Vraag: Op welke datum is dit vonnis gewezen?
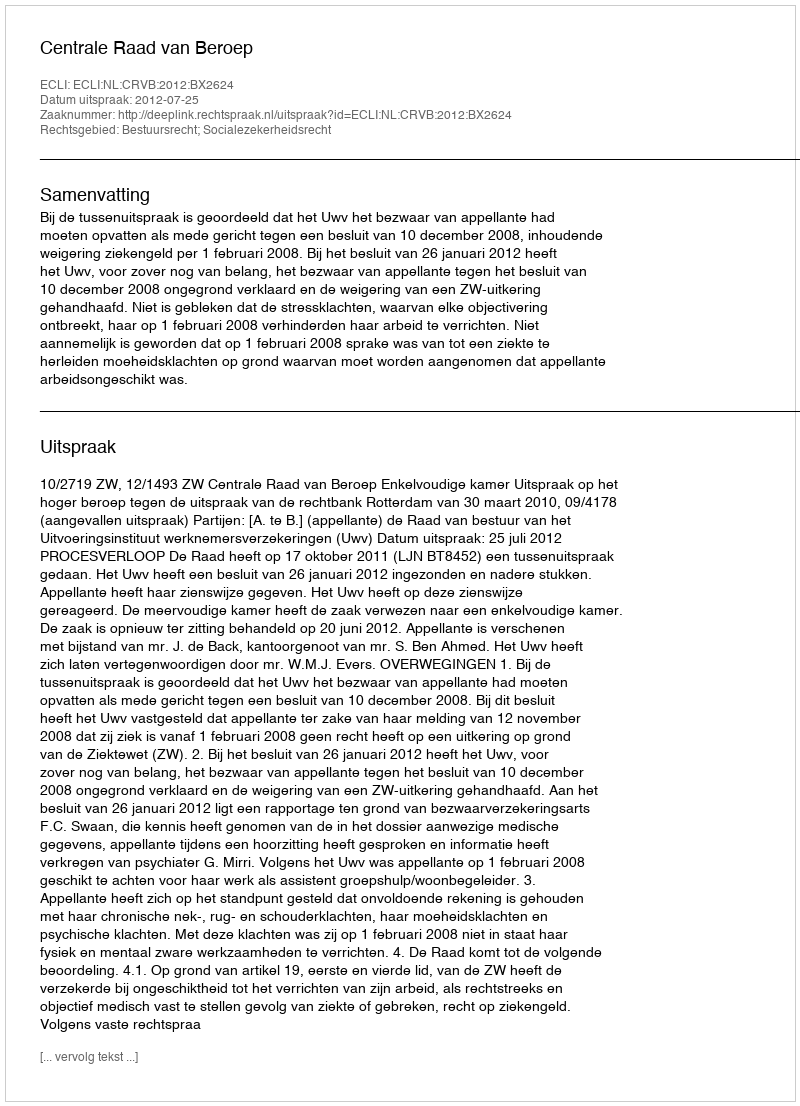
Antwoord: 2012-07-25